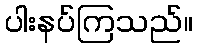
ပါးနပ်ကြသည်။